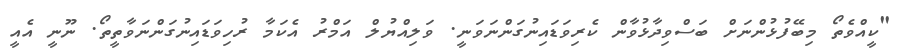
"ކީއްވެތޯ މިބޭފުޅުންނަށް ބަސްވިދާޅުވާން ކެރިވަޑައިނުގަންނަވަނީ. ވަލިއްޔުލް އަމްރު އެކަމާ ރުހިވަޑައިނުގަންނަވާތީތޯ. ނޫނީ އެއީ